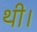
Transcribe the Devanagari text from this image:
थी।